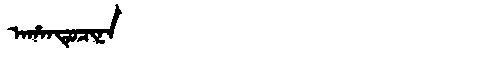
Manchu: ᠠᡥᠠᠨᡨᡠᠴᡳᠨᠠ
Romanization: AHANTUCINA